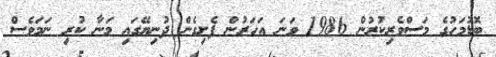
ބޮޑުމަހުގެ މަސްވެރިކުރުން 1986 ވަނަ އަހަރުން ފެށިގެން ދުނިޔޭގައި މަނާ ކުރި ނަމަވެސް